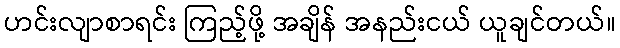
ဟင်းလျာစာရင်း ကြည့်ဖို့ အချိန် အနည်းငယ် ယူချင်တယ်။